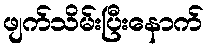
ဖျက်သိမ်းပြီးနောက်